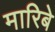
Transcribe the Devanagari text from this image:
मारिबे